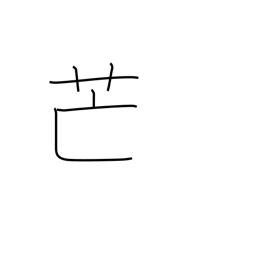
Meaning: pampas grass